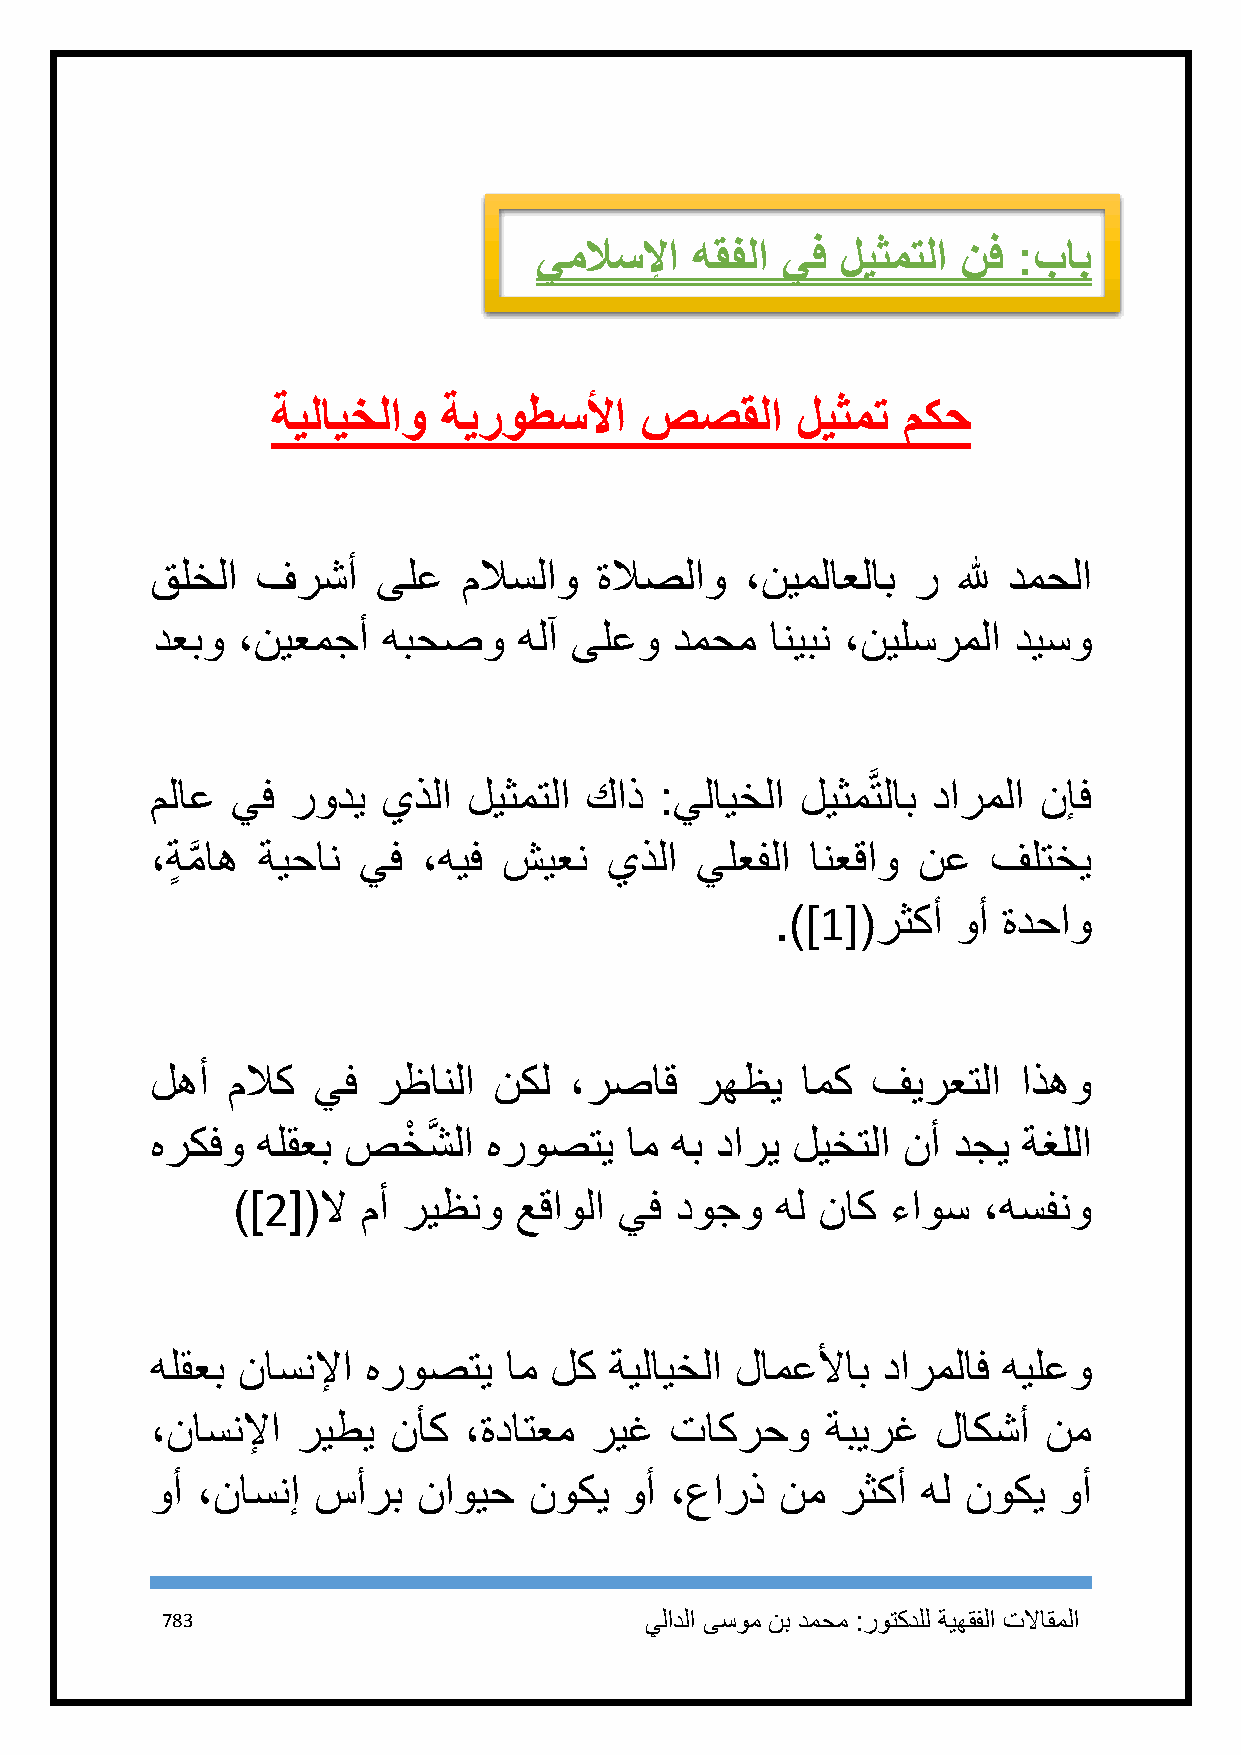
يملاسلإا   هقفلا يف  ليثمتلا نف :باب
 ةيلايخلاو  ةيروطسلأا    صصقلا      ليثمت  مكح
 قلخلا  فرشأ    ىلع   ملاسلاو ةلاصلاو   ،نيملاعلاب ر  لله دمحلا
 دعبو  ،نيعمجأ  هبحصو    هلآ ىلعو   دمحم  انيبن ،نيلسرملا ديسو
 ملاع يف  رودي  يذلا  ليثمتلا كاذ  :يلايخلا ليثمَّتلاب دارملا نإف
 ،ةٍ مَّ اه ةيحان يف ،هيف شيعن يذلا  يلعفلا  انعقاو نع   فلتخي
 .)]1[(رثكأ  وأ ةدحاو
 لهأ  ملاك  يف  رظانلا  نكل  ،رصاق   رهظي   امك  فيرعتلا   اذهو
 هركفو  هلقعب صخْ  شَّ لا هروصتي ام هب داري ليختلا نأ دجي  ةغللا
 )]2[(لا  مأ ريظنو  عقاولا يف  دوجو  هل ناك  ءاوس  ،هسفنو
 هلقعب ناسنلإا هروصتي   ام لك  ةيلايخلا لامعلأاب دارملاف هيلعو
 ،ناسنلإا  ريطي  نأك  ،ةداتعم ريغ  تاكرحو     ةبيرغ  لاكشأ  نم
 وأ ،ناسنإ  سأرب   ناويح  نوكي  وأ ،عارذ   نم  رثكأ هل نوكي  وأ
 783                             يلادلا ىسوم نب دمحم :روتكدلل ةيهقفلا تلااقملا